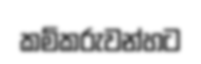
කම්කරුවන්හට